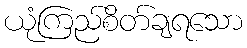
ယုံကြည်စိတ်ချရသော